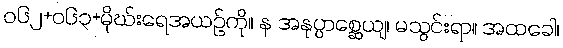
ဝ၆၂+၀၆၃+မိုဃ်းရေအယဉ်ကို။ န အနုပ္ပာစ္ဆေယျ၊ မသွင်းရာ။ အထခေါ၊